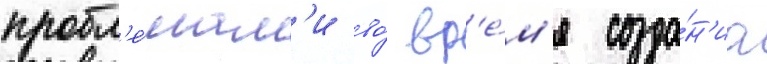
пробл'е́мам'и во́ вр'е́м'я созда́н'иа